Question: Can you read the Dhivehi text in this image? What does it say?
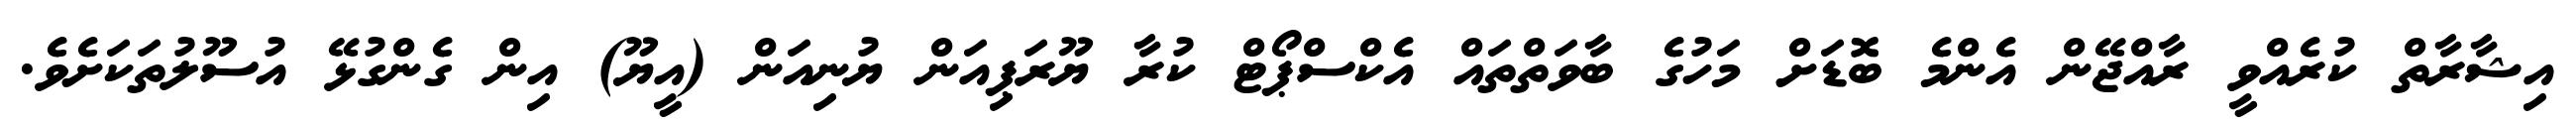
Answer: އިޝާރާތް ކުރެއްވީ ރާއްޖޭން އެންމެ ބޮޑަށް މަހުގެ ބާވަތްތައް އެކްސްޕޯޓް ކުރާ ޔޫރަޕިއަން ޔުނިއަން (އީޔޫ) އިން ގެންގުޅޭ އުސޫލުތަކަށެވެ.